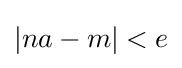
|na-m|<e